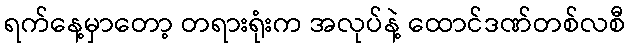
ရက်နေ့မှာတော့ တရားရုံးက အလုပ်နဲ့ ထောင်ဒဏ်တစ်လစီ